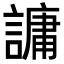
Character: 𮘶